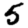
Digit: 5